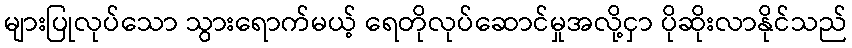
များပြုလုပ်သော သွားရောက်မယ့် ရေတိုလုပ်ဆောင်မှုအလို့ငှာ ပိုဆိုးလာနိုင်သည်